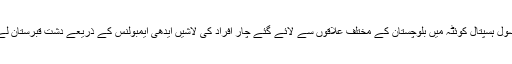
ذرائع کے مطابق سول ہسپتال کوئٹہ میں بلوچستان کے مختلف علاقوں سے لائے گئے چار افراد کی لاشیں ایدھی ایمبولنس کے ذریعے دشت قبرستان لے جاکر دفنا دیا گیا۔